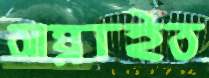
আগ্‌লাইত